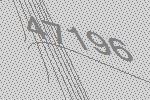
47196